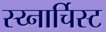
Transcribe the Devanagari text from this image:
स्य्नार्चिस्ट